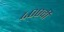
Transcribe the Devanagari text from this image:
४००वी